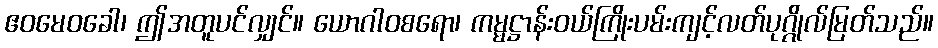
ဧဝမေဝခေါ၊ ဤအတူပင်လျှင်။ ယောဂါဝစရော၊ ကမ္မဋ္ဌာန်းဝယ်ကြိုးပမ်းကျင့်လတ်ပုဂ္ဂိုလ်မြတ်သည်။